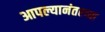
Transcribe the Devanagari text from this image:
आपल्यानंतरच्या